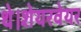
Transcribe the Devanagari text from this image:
थे।शेयरवेयर